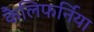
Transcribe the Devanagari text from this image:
कैलिफर्निया